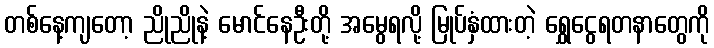
တစ်နေ့ကျတော့ ညိုညိုနဲ့ မောင်နေဦးတို့ အမွေရလို့ မြုပ်နှံထားတဲ့ ရွှေငွေရတနာတွေကို